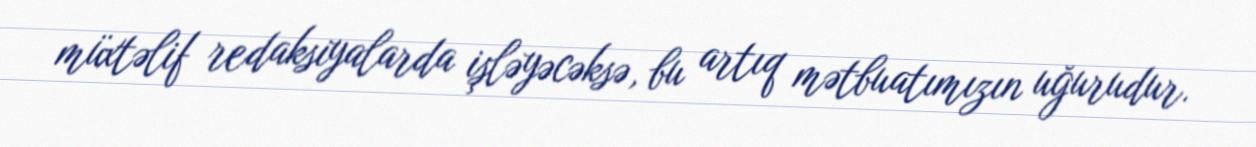
müxtəlif redaksiyalarda işləyəcəksə, bu artıq mətbuatımızın uğurudur.